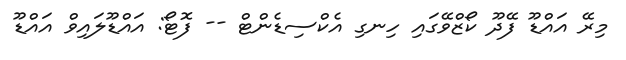
މިރޭ އައްޑޫ ފޭދޫ ކޯޒްވޭގައި ހިނގި އެކްސިޑެންޓް -- ފޮޓޯ: އައްޑޫލައިވް އައްޑޫ